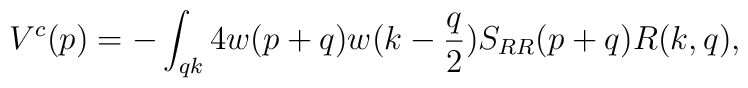
V^c(p) =-\int_{qk}4w(p+q)w(k-{q\over2})S_{RR}(p+q)R(k,q),